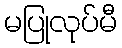
မပြုလုပ်မီ